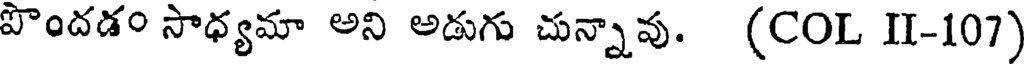
పొందడం సాధ్యమా అని అడుగు చున్నావు. (COL II-107)